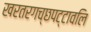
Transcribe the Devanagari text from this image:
खरतरगच्छपट्टावलि